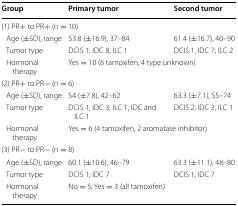
<table><thead><tr><td><b>Group</b></td><td><b>Primary tumor</b></td><td><b>Second tumor</b></td></tr></thead><tbody><tr><td colspan="3">(1) PR+ to PR+ (n = 10)</td></tr><tr><td> Age (±SD), range</td><td>53.8 (±16.9), 37–84</td><td>61.4 (±16.7), 40–90</td></tr><tr><td> Tumor type</td><td>DCIS 1; IDC 8; ILC 1</td><td>DCIS 1; IDC 7; ILC 2</td></tr><tr><td> Hormonal therapy</td><td colspan="2">Yes = 10 (6 tamoxifen, 4 type unknown)</td></tr><tr><td colspan="3">(2) PR+ to PR− (n = 6)</td></tr><tr><td> Age (±SD), range</td><td>54 (±7.8), 42–62</td><td>63.3 (±7.1), 55–74</td></tr><tr><td> Tumor type</td><td>DCIS 1; IDC 3; ILC 1; IDC and ILC 1</td><td>DCIS 2; IDC 3; ILC 1</td></tr><tr><td> Hormonal therapy</td><td colspan="2">Yes = 6 (4 tamoxifen, 2 aromatase inhibitor)</td></tr><tr><td colspan="3">(3) PR− to PR− (n = 8)</td></tr><tr><td> Age (±SD), range</td><td>60.1 (±10.6), 46–79</td><td>63.3 (±11.1), 48–80</td></tr><tr><td> Tumor type</td><td>DCIS 1; IDC 7</td><td>DCIS 1; IDC 7</td></tr><tr><td> Hormonal therapy</td><td colspan="2">No = 5; Yes = 3 (all tamoxifen)</td></tr></tbody></table>